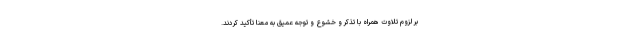
بر لزوم تلاوت همراه با تذکر و خشوع و توجه عمیق به معنا تأکید کردند.